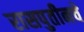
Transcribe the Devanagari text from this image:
रासपुतीनचे